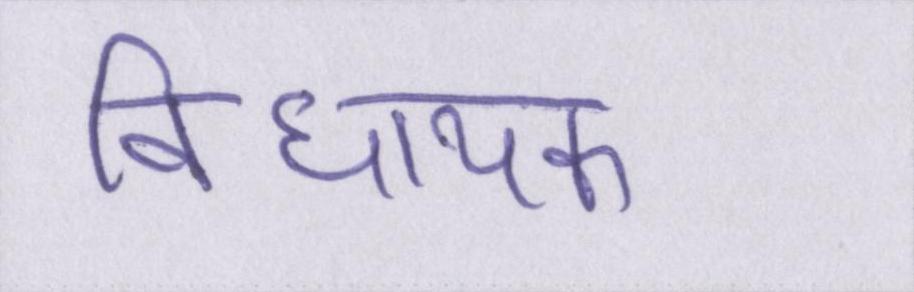
विधायक